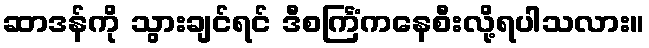
ဆာဒန်ကို သွားချင်ရင် ဒီစင်္ကြံကနေစီးလို့ရပါသလား။